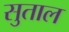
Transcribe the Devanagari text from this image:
सुताल